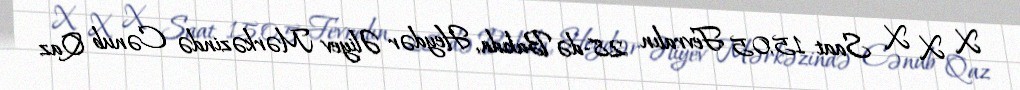
X X X Saat 15:05 Fevralın 28-də Bakıda, Heydər Əliyev Mərkəzində Cənub Qaz